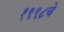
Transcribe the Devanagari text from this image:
१९९८चे